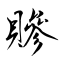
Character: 贂